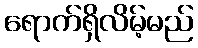
ရောက်ရှိလိမ့်မည်